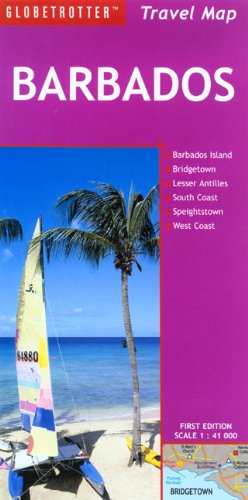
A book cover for Barbados Travel Map (Globetrotter Travel Map); Globetrotter; Travel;